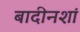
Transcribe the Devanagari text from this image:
बादीनशां